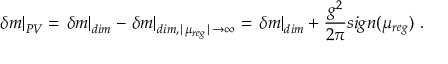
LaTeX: \left. \delta m \right\vert _ { P V } = \left. \delta m \right\vert _ { d i m } - \left. \delta m \right\vert _ { d i m , \mid \mu _ { r e g } \mid \to \infty } = \left. \delta m \right\vert _ { d i m } + \frac { g ^ { 2 } } { 2 \pi } s i g n ( \mu _ { r e g } ) \ .